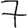
Digit: 7